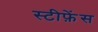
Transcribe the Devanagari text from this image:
स्टीफ़ेंस